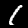
Label: 1